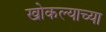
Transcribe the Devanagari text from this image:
खोकल्याच्या